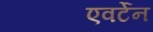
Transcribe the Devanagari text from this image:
एवर्टेन